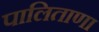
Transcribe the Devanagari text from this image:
पालिताणा